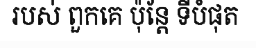
របស់ ពួកគេ ប៉ុន្តែ ទីបំផុត